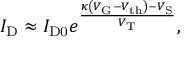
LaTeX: I _ { \mathrm { D } } \approx I _ { \mathrm { D 0 } } e ^ { \frac { \kappa \left( V _ { \mathrm { G } } - V _ { \mathrm { t h } } \right) - V _ { \mathrm { S } } } { V _ { \mathrm { T } } } } ,